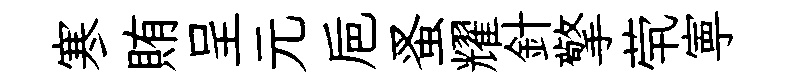
寒賄呈元巵蚤耀針擎茕寕